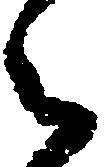
令